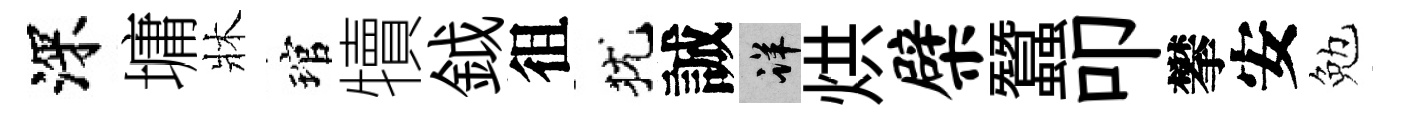
深墉牀琯犢鉞徂犹誠详烘檗蠶叩攀安勉